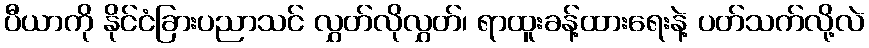
ပီယာကို နိုင်ငံခြားပညာသင် လွှတ်လိုလွှတ်၊ ရာထူးခန့်ထားရေးနဲ့ ပတ်သက်လို့လဲ